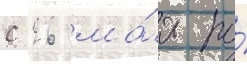
с 26 ма́я по́